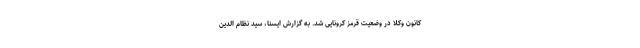
کانون وکلا در وضعیت قرمز کرونایی شد. به گزارش ایسنا، سید نظام الدین